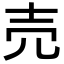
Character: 売